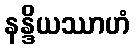
နန္ဒိယဿာဟံ